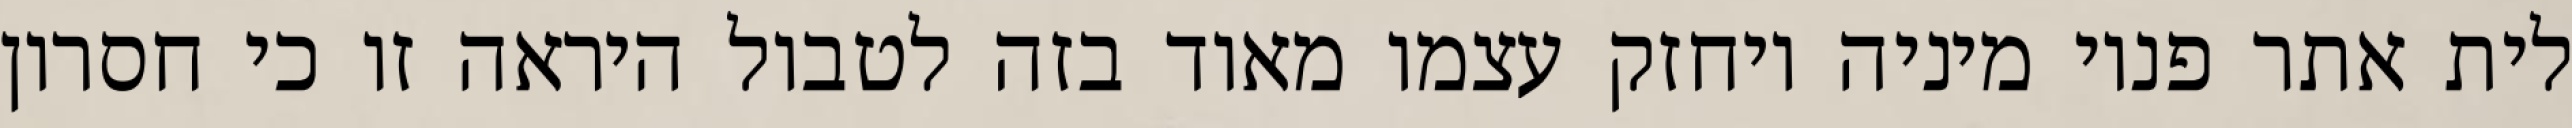
לית אתר פנוי מיניה ויחזק עצמו מאוד בזה לטבול היראה זו כי חסרון